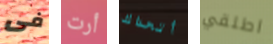
فى أرت أتحداك اطلقي